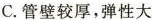
C.管壁较厚，弹性大